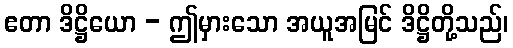
ဧတာ ဒိဋ္ဌိယော - ဤမှားသော အယူအမြင် ဒိဋ္ဌိတို့သည်၊